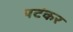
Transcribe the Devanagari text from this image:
पटंकर